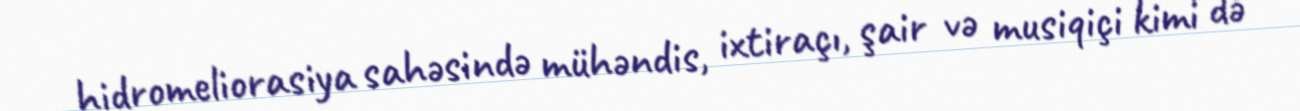
hidromeliorasiya sahəsində mühəndis, ixtiraçı, şair və musiqiçi kimi də